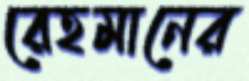
রেহমানের